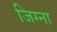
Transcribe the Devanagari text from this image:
जिग्ना